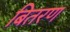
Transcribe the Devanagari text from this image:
बितरण